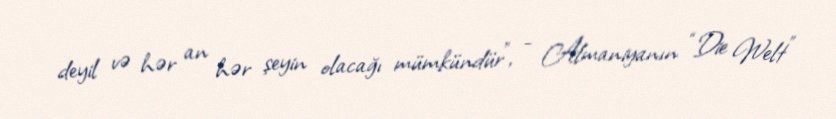
deyil və hər an hər şeyin olacağı mümkündür”, - Almaniyanın “Die Welt”